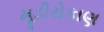
મૂડીરોકાણ